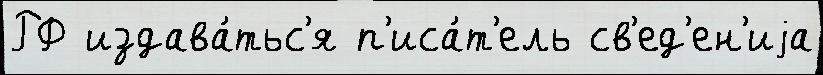
РФ издава́тьс'я п'иса́т'ель св'ед'ен'иjа